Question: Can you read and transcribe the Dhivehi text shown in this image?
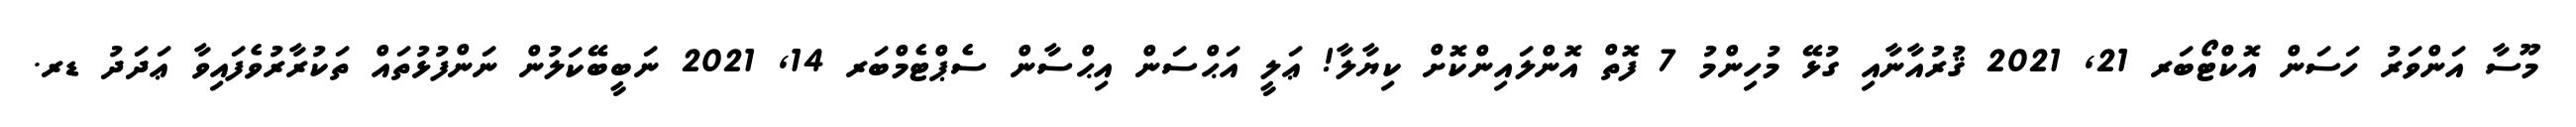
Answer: މޫސާ އަންވަރު ހަސަން އޮކްޓޯބަރ 21, 2021 ޤުރުއާނާއި ގުޅޭ މުހިންމު 7 ފޮތް އޮންލައިންކޮށް ކިޔާލާ! ޢަލީ އަޙްސަން އިޙްސާން ސެޕްޓެމްބަރ 14, 2021 ނަބީބޭކަލުން ނަންފުޅުތައް ތަކުރާރުވެފައިވާ ޢަދަދު ޑރ.